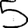
Digit: 5